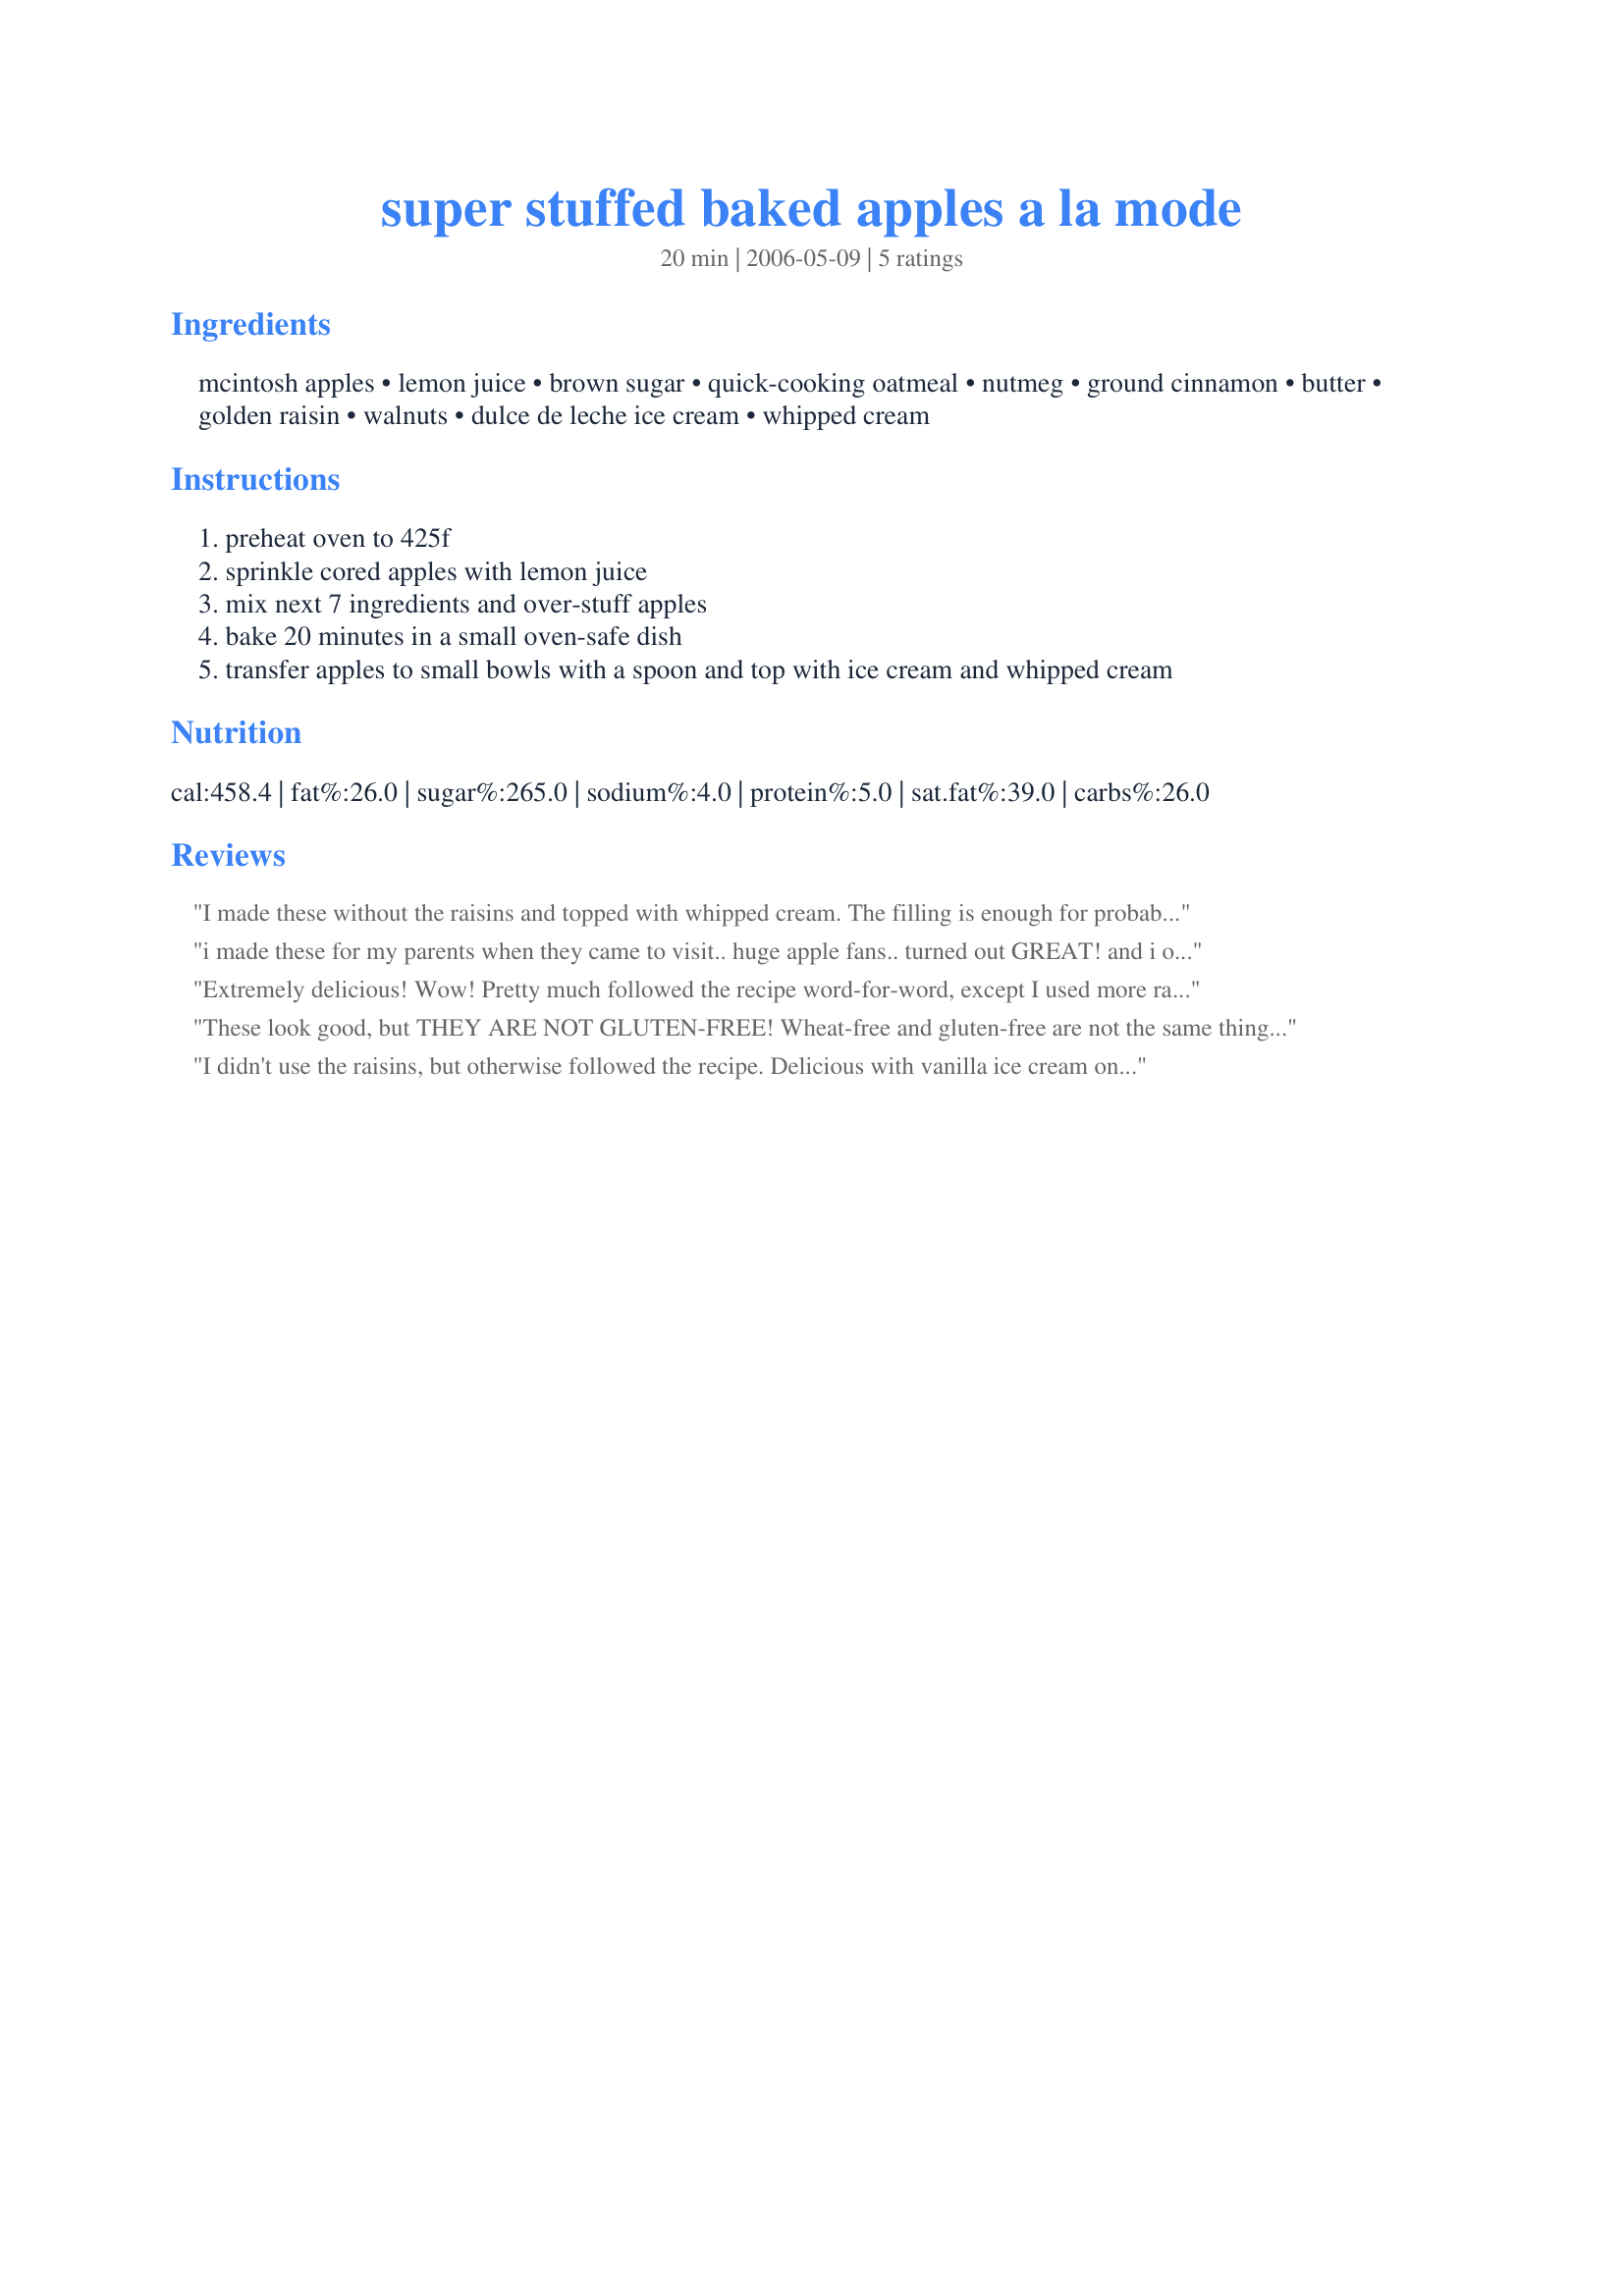
super stuffed baked apples a la mode
Preparation time: 20 minutes

Ingredients:
mcintosh apples, lemon juice, brown sugar, quick-cooking oatmeal, nutmeg, ground cinnamon, butter, golden raisin, walnuts, dulce de leche ice cream, whipped cream

Steps:
preheat oven to 425f
sprinkle cored apples with lemon juice
mix next 7 ingredients and over-stuff apples
bake 20 minutes in a small oven-safe dish
transfer apples to small bowls with a spoon and top with ice cream and whipped cream

Reviews:
I made these without the raisins and topped with whipped cream. The filling is enough for probably 6-8 apples (unless I didn't cut out enough apple!) I think it would be easier to just put a bit of butter on the top of the filling, rather than mix it into the filling first. Very good and easy to make.
i made these for my parents when they came to visit.. huge apple fans.. turned out GREAT! and i only put in 1.5T of butter.. and a little shake of curry.. sounds weird but good. the only reason i gave this 4 stars instead of 5 is because noone..NOONE need to put in 4T of butter in this.. no need.. also plumped my raisons to make them softer.. and they got raves.. very easy too. i made the filling and cored the apples the night before and then just stuffed and baked in no time.. my mom was amazed that they were cooked through in only 20 min!! they were done perfect and the filling was soo good. served w/ cool whip
thanks a ton
Extremely delicious! Wow! Pretty much followed the recipe word-for-word, except I used more raisins (we LOVE our raisins!), and I left off the whipped cream (no one noticed!).

KEEPER!
These look good, but THEY ARE NOT GLUTEN-FREE! Wheat-free and gluten-free are not the same thing. Oatmeal has gluten in it.
I didn't use the raisins, but otherwise followed the recipe. Delicious with vanilla ice cream on the side!
